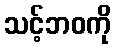
သင့်ဘဝကို